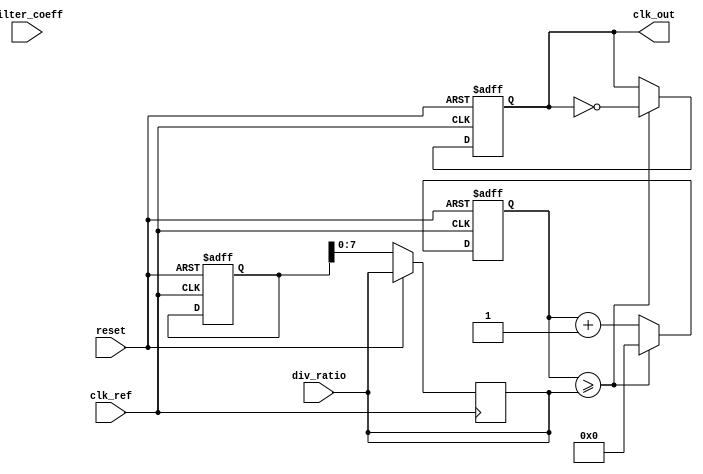
module fractional_PLL (
    input wire clk_ref,           // Reference clock input
    input wire reset,             // Reset signal
    input wire [7:0] div_ratio,   // Division ratio for the frequency divider
    input wire [7:0] filter_coeff, // Loop filter coefficient
    output reg clk_out            // Output clock
);

    // Internal signals
    reg [15:0] phase_error;       // Phase error signal
    reg [15:0] filtered_error;     // Filtered error signal
    reg [15:0] vco_output;         // VCO output frequency
    reg [15:0] feedback;           // Feedback signal from frequency divider
    reg [15:0] counter;            // Counter for frequency division
    reg [15:0] memory [0:255];     // Memory blocks for configuration

    // Phase Detector (PD)
    always @(posedge clk_ref or posedge reset) begin
        if (reset) begin
            phase_error <= 0;
        end else begin
            // Simple phase comparison (for demonstration)
            phase_error <= feedback - vco_output; // Calculate phase error
        end
    end

    // Loop Filter
    always @(posedge clk_ref or posedge reset) begin
        if (reset) begin
            filtered_error <= 0;
        end else begin
            // Simple low-pass filter (first-order)
            filtered_error <= (filtered_error * (filter_coeff - 1) + phase_error) / filter_coeff;
        end
    end

    // Voltage-Controlled Oscillator (VCO)
    always @(posedge clk_ref or posedge reset) begin
        if (reset) begin
            vco_output <= 0;
        end else begin
            // Adjust VCO output based on filtered error
            vco_output <= filtered_error; // Simplified VCO model
        end
    end

    // Frequency Divider
    always @(posedge clk_ref or posedge reset) begin
        if (reset) begin
            counter <= 0;
            clk_out <= 0;
        end else begin
            counter <= counter + 1;
            if (counter >= div_ratio) begin
                clk_out <= ~clk_out; // Toggle output clock
                counter <= 0; // Reset counter
            end
        end
    end

    // Memory Blocks (for configuration)
    always @(posedge clk_ref or posedge reset) begin
        if (reset) begin
            // Initialize memory blocks (example values)
            memory[0] <= 8'd1; // Example division ratio
            memory[1] <= 8'd2; // Example filter coefficient
            // More initialization as needed
        end else begin
            // Example of reading from memory (could be expanded)
            div_ratio <= memory[0]; // Use memory value for division ratio
            filter_coeff <= memory[1]; // Use memory value for filter coefficient
        end
    end

endmodule